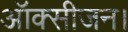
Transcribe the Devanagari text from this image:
ऑक्सीजन।